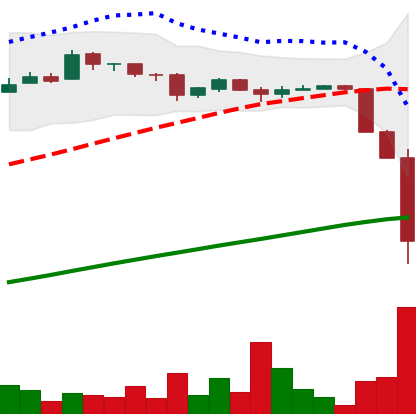
Ticker: BTC-USD
Chart end date: 2016-08-02
Forward return: 8.261%
Label: up_7plus